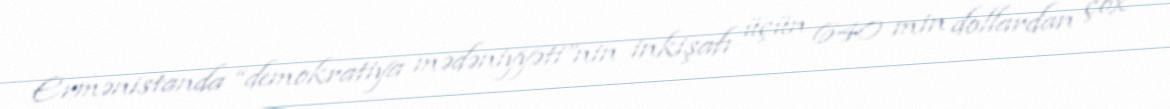
Ermənistanda “demokratiya mədəniyyəti”nin inkişafı üçün 640 min dollardan çox